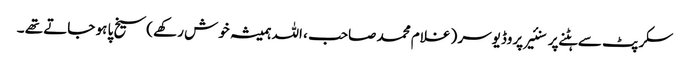
سکرپٹ سے ہٹنے پر سنئیر پروڈیوسر ( غلام محمد صاحب ، اللہ ہمیشہ خوش رکھے )سیخ پا ہو جاتے تھے ۔